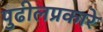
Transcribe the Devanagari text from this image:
पुढीलप्रकारे